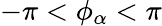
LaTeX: -\pi<\phi_{\alpha}<\pi